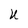
Character: U